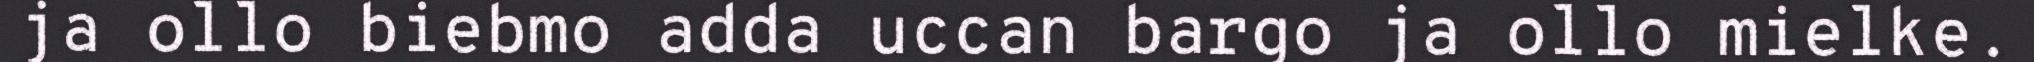
ja ollo biebmo adda uccan bargo ja ollo mielke.